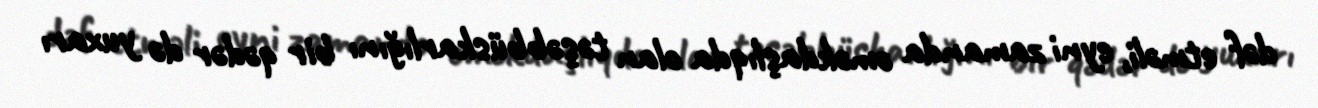
dəf etməli, eyni zamanda əməkdaşlıqda olan təşəbbüskarlığını bir qədər də yuxarı